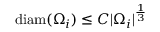
\mathrm { d i a m } ( \Omega _ { i } ) \leq C | \Omega _ { i } | ^ { \frac 1 3 }